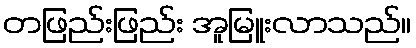
တဖြည်းဖြည်း အူမြူးလာသည်။